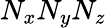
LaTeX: N_{x}N_{y}N_{z}